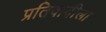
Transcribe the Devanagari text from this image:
प्रतिवादीला